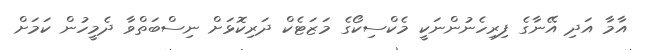
އާމާ އަދި އޭނާގެ ފިރިހެނުންނަކީ މެކްސިކޯގެ މަޒަޓެކް ދަރިކޮޅަށް ނިސްބަތްވާ ދެމީހުން ކަމަށް